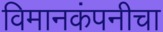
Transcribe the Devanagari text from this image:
विमानकंपनीचा